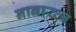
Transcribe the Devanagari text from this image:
नानारत्न